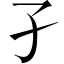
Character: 孑